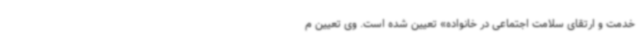
خدمت و ارتقای سلامت اجتماعی در خانواده» تعیین شده است. وی تعیین م